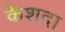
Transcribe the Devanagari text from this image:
केशदा